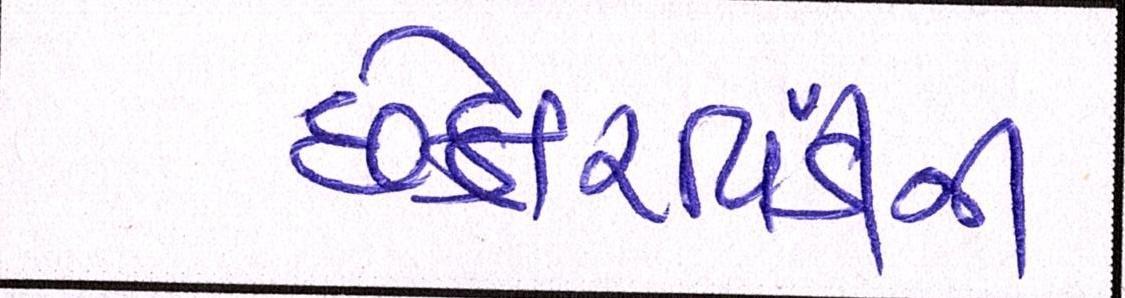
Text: છેતરપિંડીની